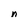
Character: n